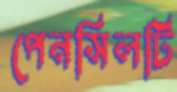
পেনসিলটি